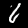
Digit: 6